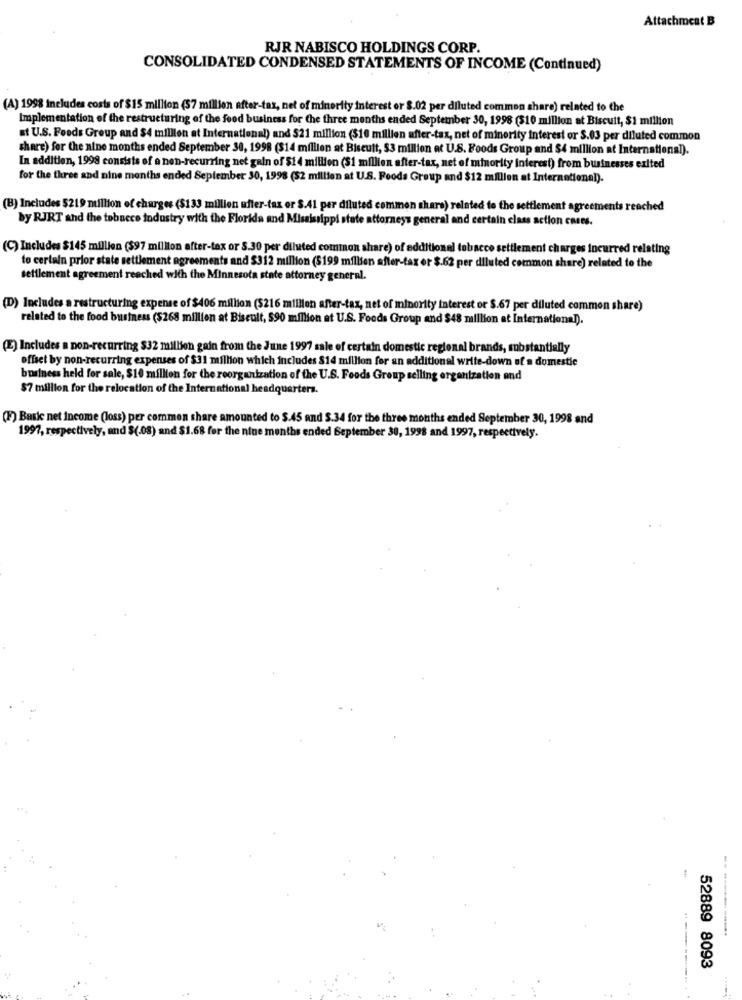
Attachment B
RJR NABISCO HOLDINGS CORP.
CONSOLIDATED CONDENSED STATEMENTS OF INCOME (Continued)
(A) 1998 includes costs of $15 million (57 million after-tax, net of minority interest or 8.02 per diluted common share) related to the
Implementation of the restructuring of the food business for the three months ended September 30, 1998 (510 million at Biscuit, $1 million
at U.S. Foods Group and $4 million at International) and 521 million ($10 million after-tax, net of minority interest or S.03 per diluted common
share) for the nine months ended September 30, 1998 ($14 million at Biscuit, $3 million at U.S. Foods Group and $4 million at International).
In addition, 1998 consists of a non-recurring net gain of $1 4 million ($1 million after-tax, net of minority interest) from businesses exited
for the three and nine months ended September 30, 1998 (52 million at U.S. Foods Group and $12 million at International).
(B) Includes $219 million of charges ($133 million after-tax or $.41 per diluted common share) related to the settlement agreements reached
by RJRT and the tobacco industry with the Florida and Mississippi state attorneys general and certain class action cases.
(C) Includes $145 million ($97 million after-tax or S.30 per diluted common share) of additional tobacco settlement charges incurred relating
to certain prior state settlement agreements and $312 million ($199 million after-tax or $.62 per diluted common share) related to the
settlement agreement reached with the Minnesota state attorney general.
(D) Includes a restructuring expense of $406 million ($216 million after-tax, net of minority interest or S.67 per diluted common share)
related to the food business ($268 million at Biscult, 590 million at U.S. Foods Group and $48 milllion at International).
(E) Includes a non-recurring $32 million gain from the June 1997 sale of certain domestic regional brands, substantially
offset by non-recurring expenses of $31 million which includes $14 million for an additional write-down of a domestic
business held for sale, $10 million for the reorganization of the U.S. Foods Group selling organization and
$7 million for the relocation of the International headquarters.
(F) Basic net income (loss) per commen share amounted to $.45 and S.34 for the three months ended September 30, 1998 and
1997, respectively, and $(08) and $1.68 for the nine months ended September 30, 1998 and 1997, respectively.
-- --------..
52889 8093